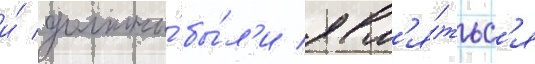
и́ должны́ бы́л'и явл'я́тьс'я